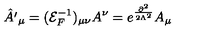
{ \hat { A ^ { \prime } } } _ { \mu } = ( { \mathcal { E } } _ { F } ^ { - 1 } ) _ { \mu \nu } A ^ { \nu } = e ^ { \frac { \partial ^ { 2 } } { 2 \Lambda ^ { 2 } } } A _ { \mu }